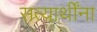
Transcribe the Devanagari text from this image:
सत्यार्थींना